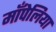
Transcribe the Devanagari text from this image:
माँपेलिया